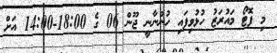
މި ފޮޓޯ މައުރަޒު ހުޅުވިފައި ހުންނާނީ ޖޫން 06 ގެ 18:00-14:00 އަށް